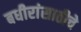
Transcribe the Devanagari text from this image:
बधीरांसाठीचे